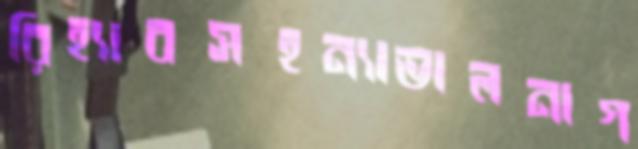
রিহ্যাবসহন্যাভালনাগ